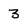
Character: 3